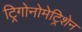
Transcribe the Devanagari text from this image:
ट्रिगोनोमेट्रिशेन